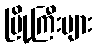
မြို့ကြီးများ